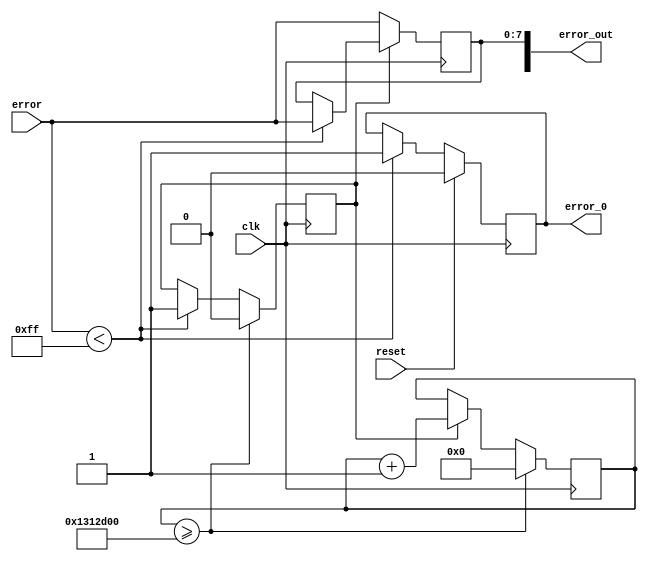
module error (input clk, input [7:0] error, input reset, output reg [15:0] error_out, output reg error_0);

reg flag;
reg [31:0] count;

always @(posedge clk) begin 



if(error < 8'b11111111) begin
	error_0 <= 1;
	flag <= 1;
	error_out[7:0] <= error [7:0];
	end
else begin 
 end
 
if(flag)
	count <= count + 1;
else
	error_out[7:0] <= error [7:0];
 
if(count >= 20_000_000) begin
	count <= 0;
	flag <= 0;
end


if(reset)
	error_0 <= 0;
else begin end


end

endmodule